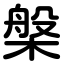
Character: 槃